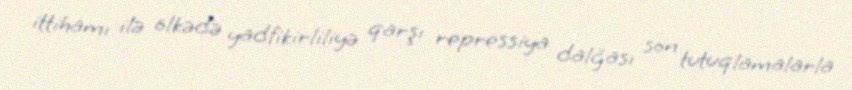
ittihamı ilə ölkədə yadfikirliliyə qarşı repressiya dalğası son tutuqlamalarla